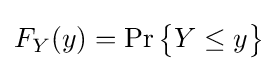
{\textstyle F_{Y}(y)=\Pr {\begin{Bmatrix}Y\leq {y}\end{Bmatrix}}}